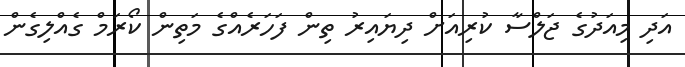
އަދި މިއަދުގެ ޖަލްސާ ކުރިއަށް ދިޔައިރު ތިން ފަހަރެއްގެ މަތިން ކޯރަމް ގެއްލިގެން